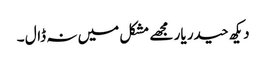
دیکھ حیدر یار مجھے مشکل میں نہ ڈال ۔